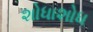
શોધાશોધ